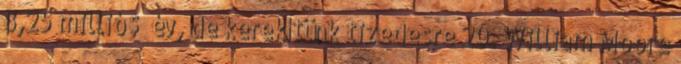
8,25 millió $ év, de kerekítünk tizedesre 20. William Moore